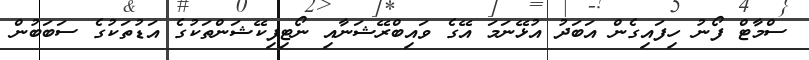
ސްމާޓް ފޯނު ހިފައިގެން އަބަދު އުޅޭނަމަ އޭގެ ވައިބްރޭޝަނާއި ނޯޓިފިކޭޝަންތަކުގެ އަޑުތަކުގެ ސަބަބުން